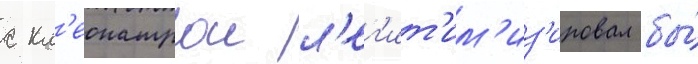
с кл'еопатрои л'ег'ит'им'из'ировал бы́